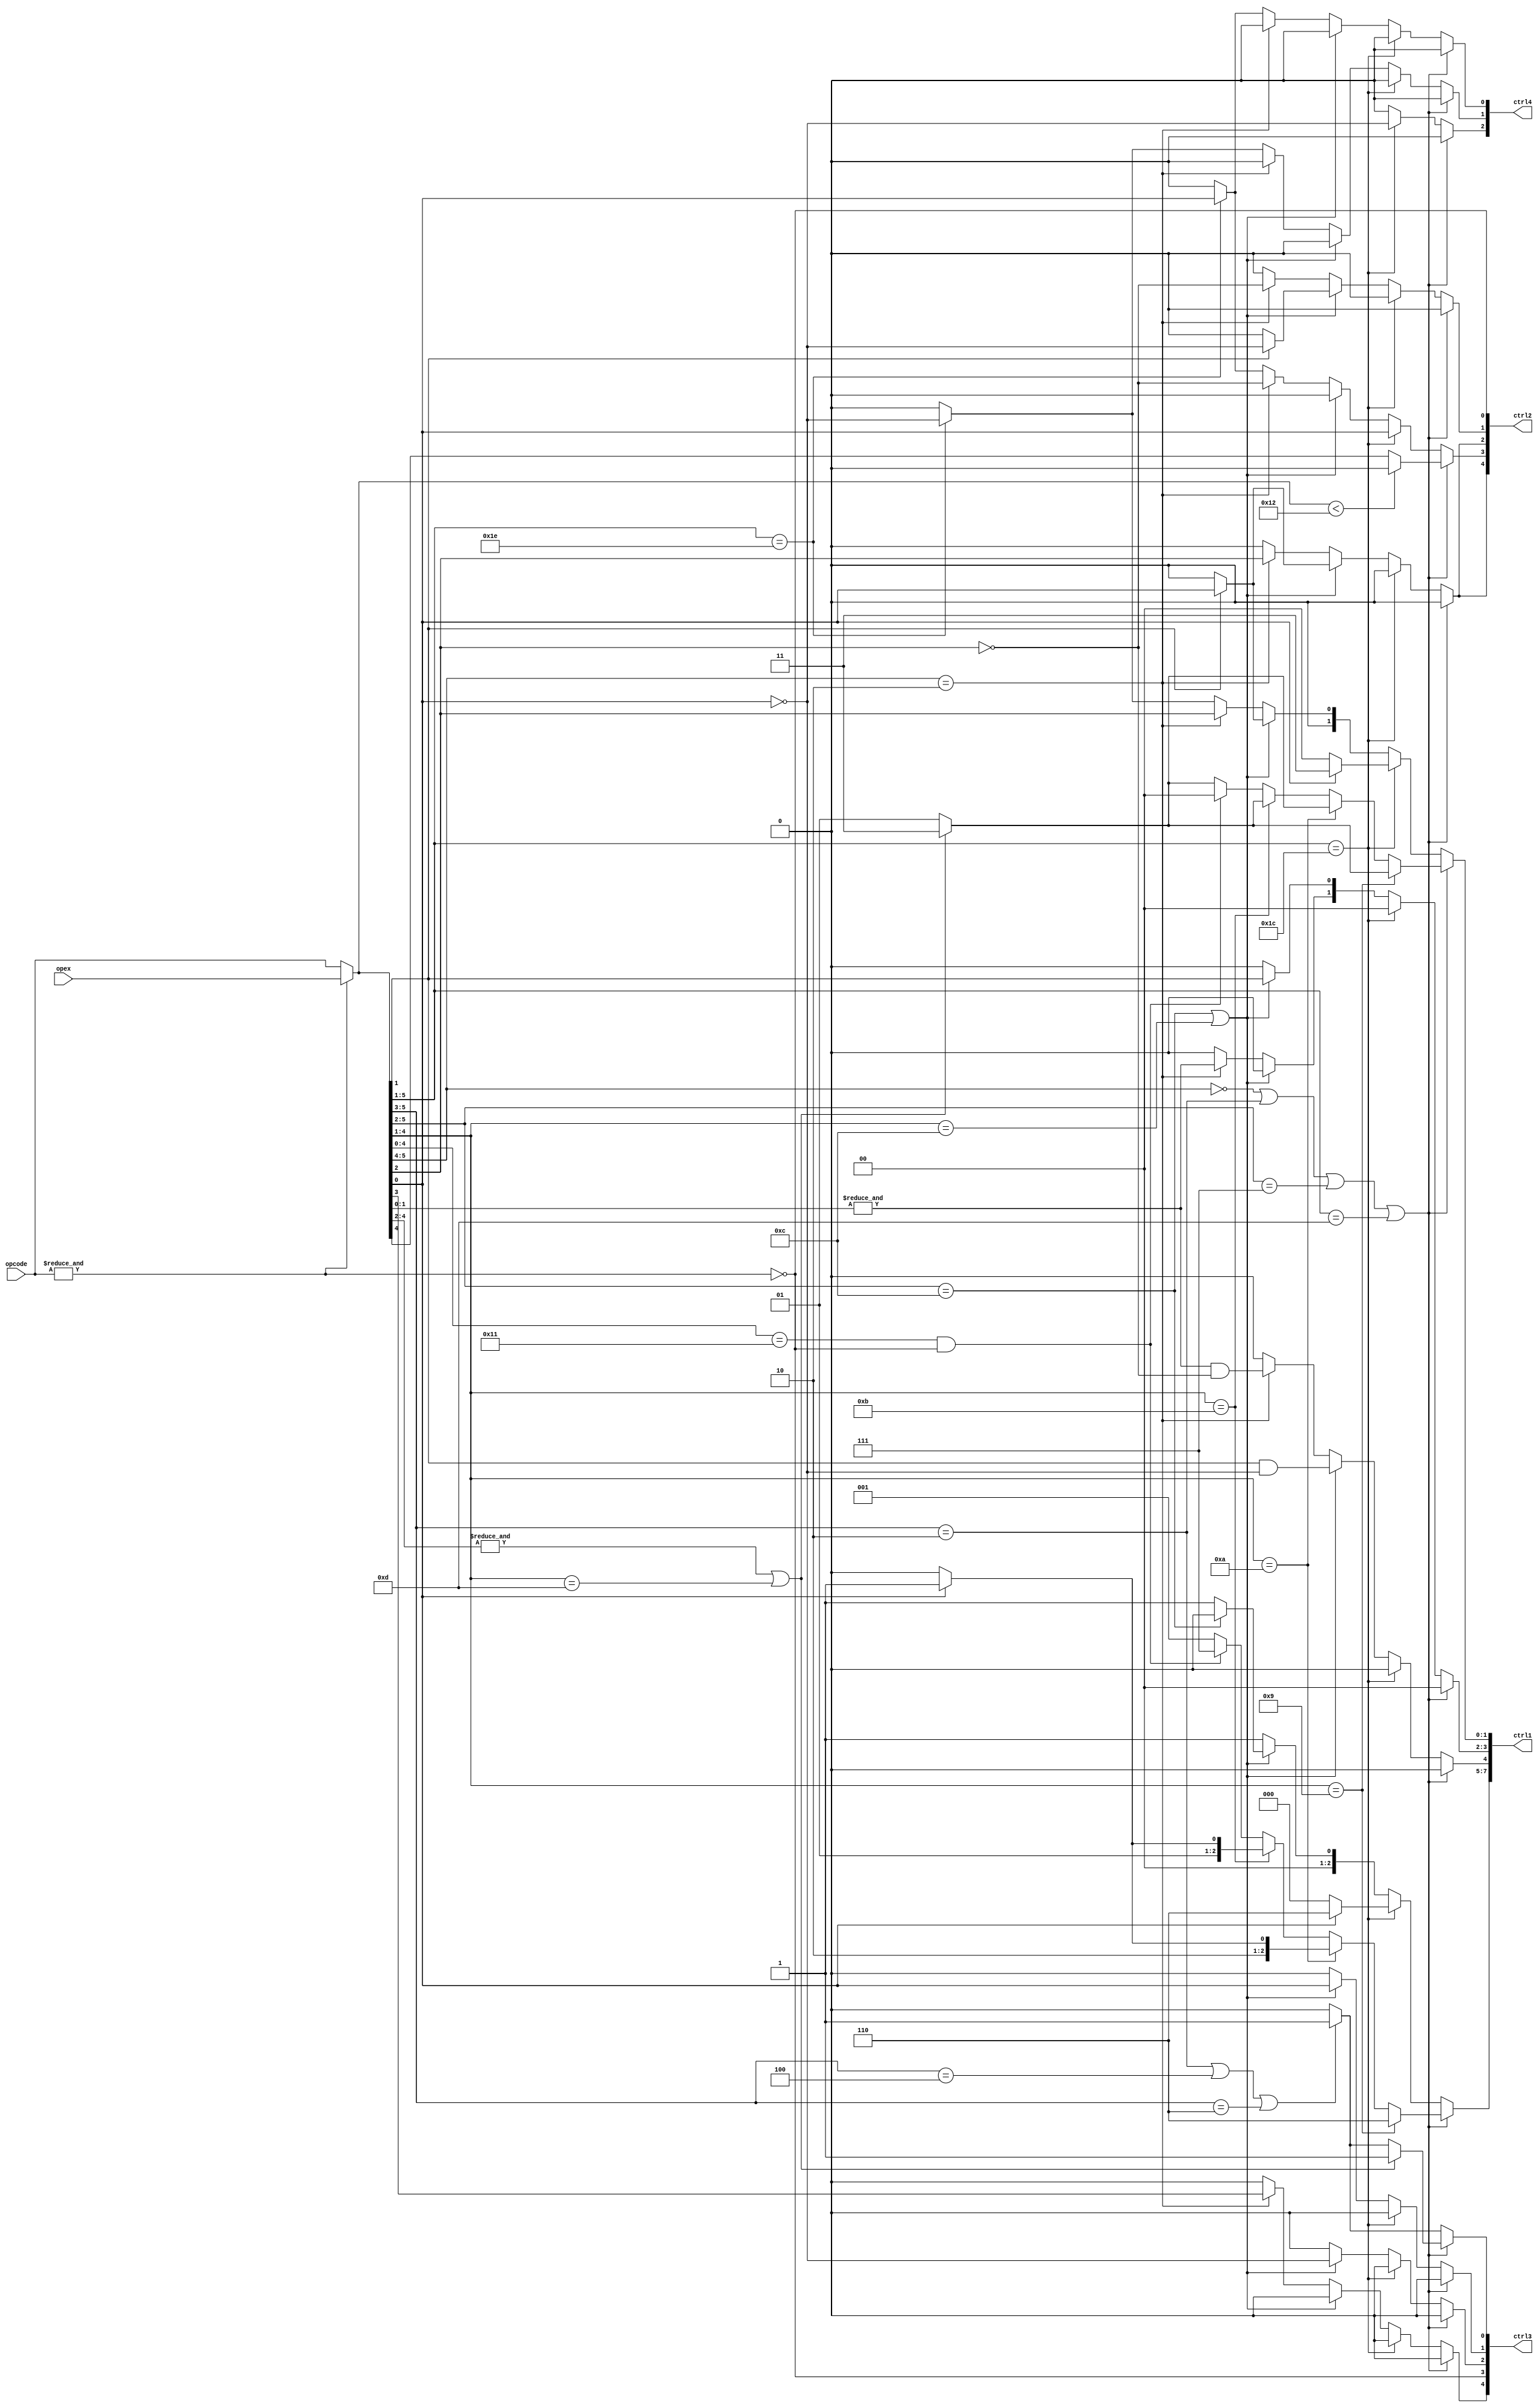
module unidadeDeControle(opcode, opex,ctrl1, ctrl2, ctrl3, ctrl4);
input[5:0] opcode, opex;
output[7:0] ctrl1; //reg
output[4:0] ctrl2; //reg
output[4:0] ctrl3; //reg
output[2:0] ctrl4; //reg

parameter LDREG = 3'd01, LDHI = 3'd02, LDLO = 3'd03, LDTIME = 3'd04, LDPTIME = 3'd05, LDMULDIV = 3'd06, LDRF = 3'd07;

reg [2:0] RegSelect; 
reg[1:0] Pilha, EscReg;
reg EmpDesemp; //ctrl1
reg MenReg, LerReg3, LerMen, EscMen; //ctrl2
reg Desloc, ULAOp, Salto, Desvio, ExSin; //ctrl3
reg Entrada, Saida, Delay; //ctrl4

wire[5:0] decode;
wire RegIme; 
assign RegIme = ~&opcode;

assign ctrl1 = {RegSelect, EmpDesemp, Pilha, EscReg};
assign ctrl2 = {MenReg, LerReg3, LerMen, EscMen, RegIme};
assign ctrl3 = {Desloc, ULAOp, Salto, Desvio, ExSin};
assign ctrl4 = {Delay, Entrada, Saida};

assign decode = (&opcode) ? opex : opcode; 

always @(decode or RegIme)
begin
	ULAOp = RegIme;
	EscReg = 2'b00; Pilha = 2'b00; EmpDesemp = 0;
	MenReg = 0; LerMen = 0; EscMen = 0;
	Desloc = 0; Salto = 0; Desvio = 0; ExSin = 0;
	RegSelect = LDREG; LerReg3 = 0; 
	Entrada = 0; Saida = 0; Delay = 0;
	// Extensor de Sinal
	if(decode[5:3] == 3'b010 || decode[5:3] == 3'b100 || decode[5:3] == 3'b110)
		ExSin = 1;
	
	// Imediato / Registrador
	if(!decode[5:4] || decode[5:3] == 3'b010 || decode[5:2] == 4'b0111 || decode[5:1] == 5'b01101)
	begin	
		LerReg3 = (decode < 6'b010010)? 1'b0 : decode[4];
		if(&decode[4:2] || decode[4:1] == 4'b1101)
		begin
			EscReg = 2'b11;
			ExSin = 1;
		end
		else
		begin
			EscReg = 2'b01;
		end
		if(decode[4:1] == 4'b1001)
			RegSelect = LDMULDIV;
		else if(decode[4:1] == 4'b1010)
			RegSelect = decode[0] ? LDPTIME : LDTIME;
		else if(decode[4:1] == 4'b1011)
			RegSelect = decode[0] ? LDLO : LDHI;
		else if((decode[4:0] == 5'b10001) & RegIme)
		begin
			EscReg = 2'b00;
			RegSelect = LDRF;
		end
	end
	// Delay
	else if(decode[5:1] == 5'b11100)
	begin
		RegSelect = 3'b0;
		if(decode[0])
		begin
			RegSelect = LDMULDIV;
			EscReg = 2'b11;
		end
		LerReg3 = decode[0];
		Delay = ~decode[0];
	end
	// Salto / Desvio
	else if(decode[5:2] == 4'b1100 || decode[4:1] == 4'b1100)
	begin
		if(decode[5:2] == 4'b1100)
		begin
			RegSelect = 0;
		end
		if(decode[1])
		begin
			EscMen = ~decode[0];
			LerMen = decode[0];
			EscReg[0] = decode[0];
			EscReg[1] = 0;
			MenReg = decode[0];
		end
		Salto = ~decode[0];
		Desvio = decode[0];
		Pilha[0] = decode[1];
		EmpDesemp = decode[1] & ~decode[0];
	end
	// Memoria
	else if(decode[5:4] == 3'b10)
	begin
		Desloc = decode[3];
		EscMen = ~decode[2];
		LerReg3 = ~decode[2];
		LerMen = decode[2];
		MenReg = decode[2];
		Pilha[1] = &decode[1:0];
		EscReg[0] = decode[2];
		EscReg[1] = 0;
		EmpDesemp = (&decode[1:0]) & ~decode[2];
	end
	// Entrada/Saida
	else if(decode[5:1] == 5'b11110)
	begin
		Entrada = ~decode[0];
		Saida = decode[0];
		LerReg3 = decode[0];
		EscReg[0] = ~decode[0];
		EscReg[1] = 0;
	end
end


endmodule